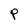
Character: P